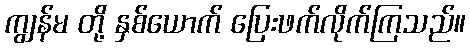
ကျွန်မ တို့ နှစ်ယောက် ပြေးဖက်လိုက်ကြသည်။